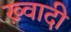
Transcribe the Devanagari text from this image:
ख़्वादी